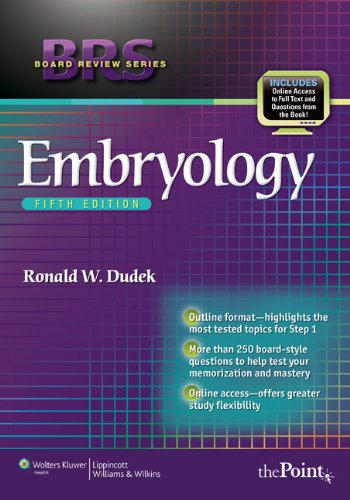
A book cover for BRS Embryology (Board Review Series); Dr. Ronald W. Dudek PhD; Medical Books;